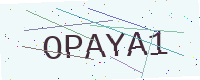
Text: OPAYA1